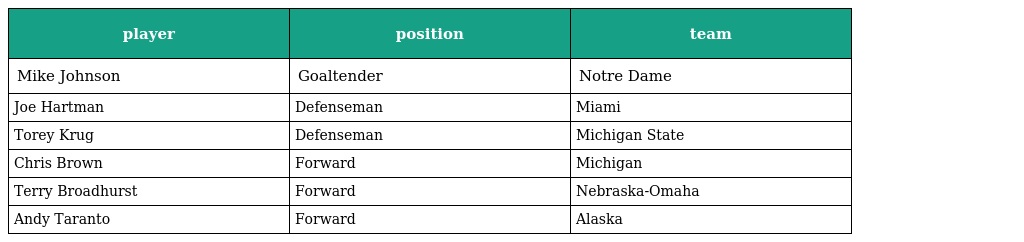
| player | position | team |
 | --- | --- | --- |
 | Mike Johnson | Goaltender | Notre Dame |
 | Joe Hartman | Defenseman | Miami |
 | Torey Krug | Defenseman | Michigan State |
 | Chris Brown | Forward | Michigan |
 | Terry Broadhurst | Forward | Nebraska-Omaha |
 | Andy Taranto | Forward | Alaska |